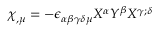
\chi _ { , \mu } = - \epsilon _ { \alpha \beta \gamma \delta \mu } X ^ { \alpha } Y ^ { \beta } X ^ { \gamma ; \delta }